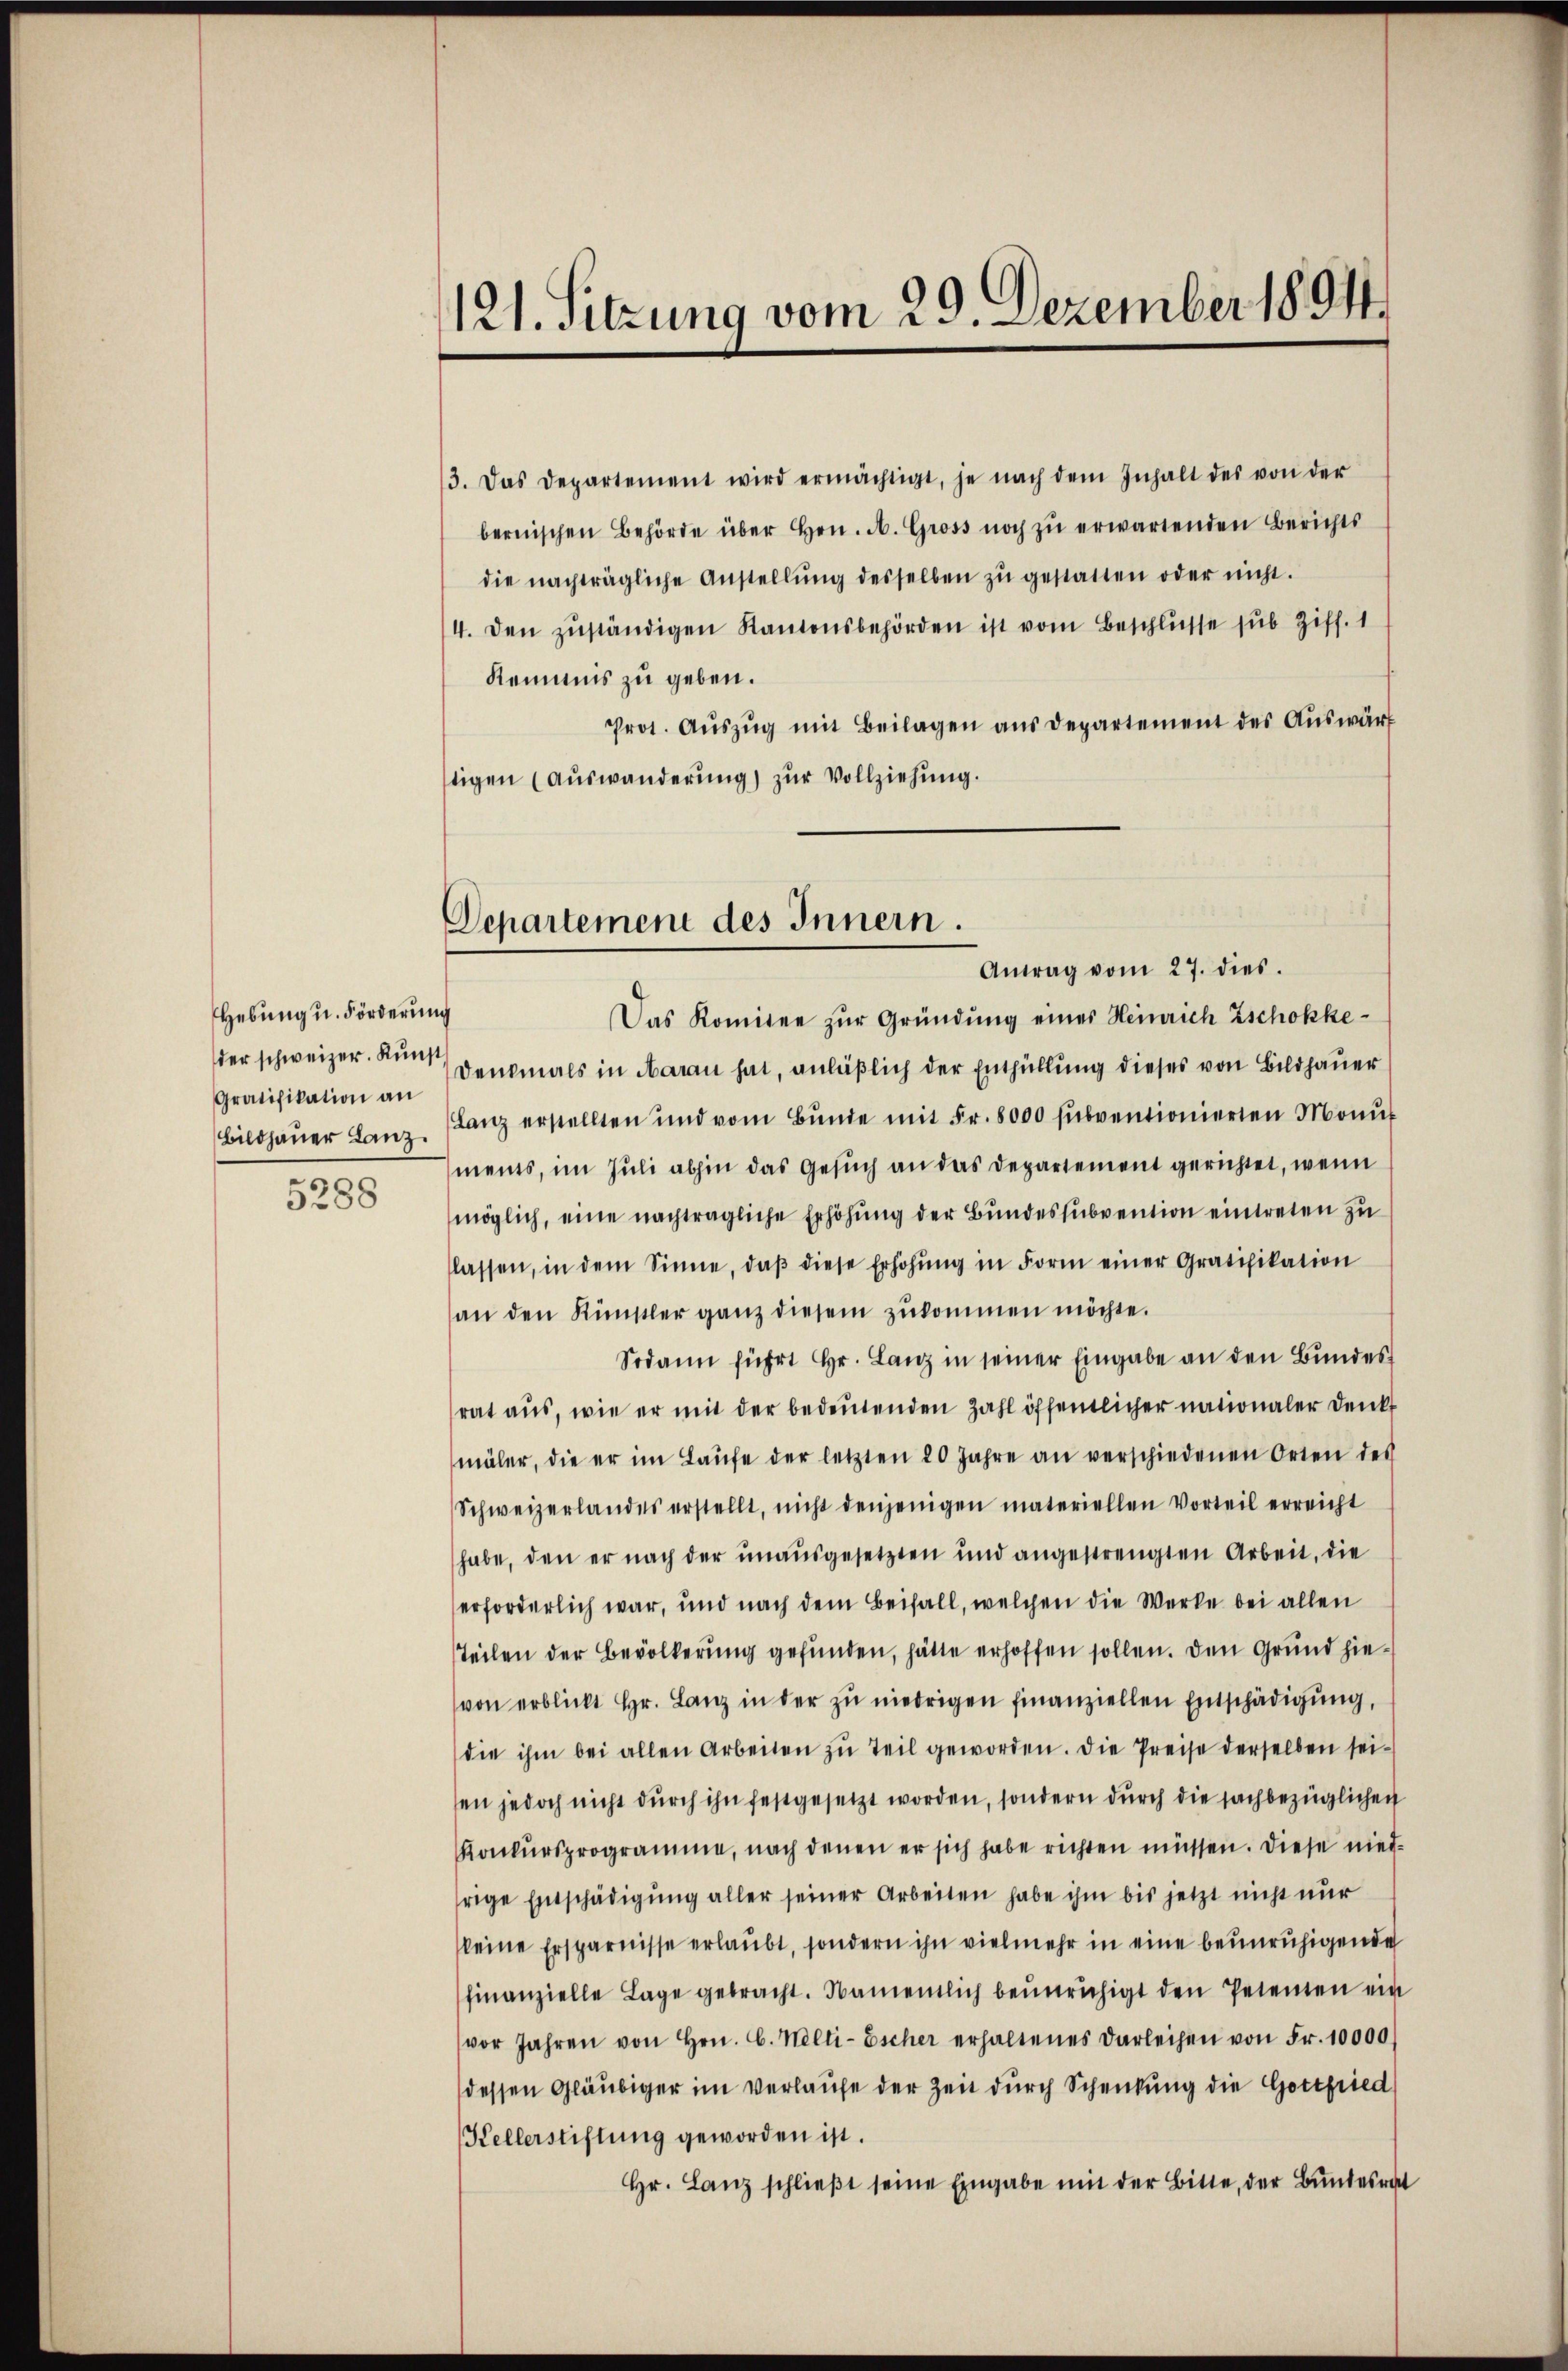
Hebung u. Förderung
Gratifikation an

6
5288

3. Das Departement wird ermächtigt, je nach dem Inhalt des von der
bernischen Behörde über Hrn. A. Gross noch zu erwartenden Berichts
die nachträgliche Anstellŭng desselben zŭ gestatten oder nicht.
4. den zŭständigen Kantonsbehörden ist vom Beschlüsse sub Ziff. 1
Remmnis zu geben.
Prot. Aŭszŭg mit Beilagen aus Departement des Auswärt
tigen (Auswanderung) zŭr Vollziehung.

121. Sitzung vom 29. Dezember 1894

Departement des Innern.
Antrag vom 27. dies

Das Komitee zur Gründung eines Heinrich Zschokkeder schweizer. Kun Denkmals in daran hat, anläßlich der Enthüllung dieses von Bildhauer
Bildhaŭer Lanz, ganz erstellten und vom Bŭnde mit Fr. 8000 sŭbventionierten Monŭf
ments, im Juli abhin das Gesuch an das Departement gerichtet, wenn
möglich, eine nachträgliche Erhöhung der Bundessubvention eintreten zu
lassen, in dem Sinne, daβ diese Erhöhŭng in Form einer Gratifikation
an den Künstler ganz diesem zŭkommen möchte.
Sodann führt Hr. Lanz in seiner Eingabe an den Bundes
rat aus, wie er mit der bedeutenden Zahl öffentlicher nationaler denkt
mäler, die er im Laŭfe der letzten 20 Jahre an verschiedenen Orten des
Schweizerlandes erstellt, nicht denjenigen materiellen Vorteil erreicht
habe, den er nach der unausgesetzten und angestrengten Arbeit, die
erforderlich war, und nach dem Beifall, welchen die Werke bei allen
steilen der Bevölkerung gefunden, hätte erhoffen sollen. Den Grund hievon erblickt Hr. Lanz in der zu niedrigen finanziellen Entschädigung,
die ihm bei allen Arbeiten zu Teil geworden. Die Preise derselben seien jedoch nicht durch ihn festgesetzt worden, sondern durch die sachbezüglichen
Konkursprogramme, nach denen er sich habe richten müssen. Diese niedfrige Entschädigŭng aller seiner Arbeiten habe ihm bis jetzt nicht nur
keine Ersparnisse erlaubt, sondern ihn vielmehr in eine beunruhigende
finanzielle Lage gebracht. Namentlich beunruhigt den Petenten ein
vor Jahren von Hrn. C. Welti-Escher erhaltenes Darleihen von Fr. 10000
(dessen Gläubiger im Verlaufe der Zeit durch Schenkung die Gottfried
Kellerstiftung geworden ist.
Hr. Lanz schlieβt seine Eingabe mit der Bitte, der Bundesrat